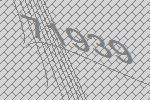
71939